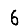
Digit: 6